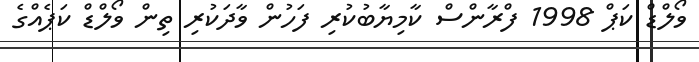
ވޯލްޑް ކަޕް 1998 ފްރާންސް ކާމިޔާބުކުރި ފަހުން ވާދަކުރި ތިން ވޯލްޑް ކަޕެއްގެ